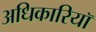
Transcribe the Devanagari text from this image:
अधिकारियॉ